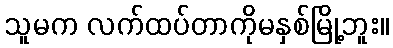
သူမက လက်ထပ်တာကိုမနှစ်မြို့ဘူး။